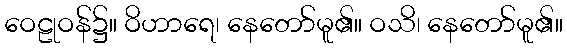
ဝေဠုဝန်၌။ ဝိဟာရေ၊ နေတော်မူ၏။ ဝသိ၊ နေတော်မူ၏။